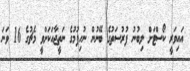
އައިވަރީ ކޯސްޓަށް ލިބުނު ފުރުސަތުގެ ބޭނުން ނުހިފުމުގެ ނަތީޖާއަކަށްވީ މެޗުގެ 16 ވަނަ